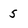
Character: 5